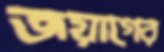
জয়াগের